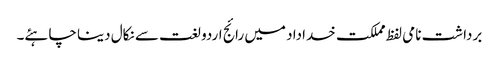
برداشت نامی لفظ مملکت خداداد میں رائج اردو لغت سے نکال دینا چاہئے۔